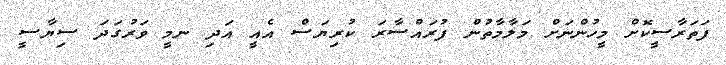
ފަތަރާސީކޮށް މީހުންނަށް މަލާމާތުން ފުރައްސާރަ ކުރިޔަސް އެއީ އަދި ނމީ ވަރުގަދަ ސިޔާސީ